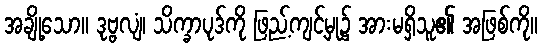
အချို့သော။ ဒုဗ္ဗလျံ၊ သိက္ခာပုဒ်ကို ဖြည့်ကျင့်မှု၌ အားမရှိသူ၏ အဖြစ်ကို။